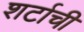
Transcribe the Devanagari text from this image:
शर्टाची